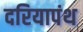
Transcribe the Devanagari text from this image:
दरियापंथ